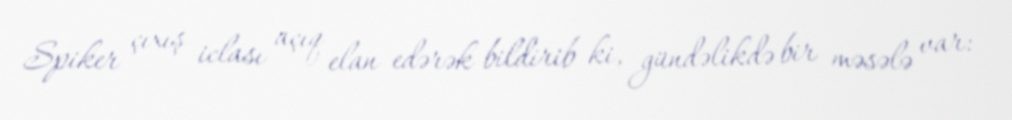
Spiker çıxış iclası açıq elan edərək bildirib ki, gündəlikdə bir məsələ var: